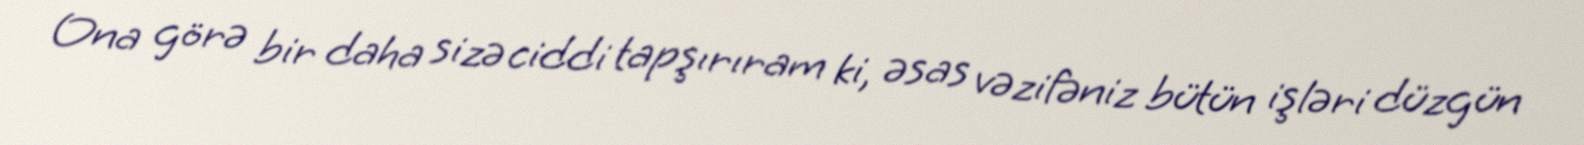
Ona görə bir daha sizə ciddi tapşırıram ki, əsas vəzifəniz bütün işləri düzgün